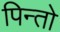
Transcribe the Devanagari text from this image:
पिन्तो